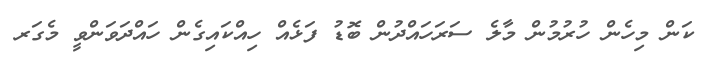
ކަން މިހެން ހުރުމުން މާލެ ސަރަހައްދުން ބޮޑު ފަޅެއް ހިއްކައިގެން ހައްދަވަންވީ މެގަރ